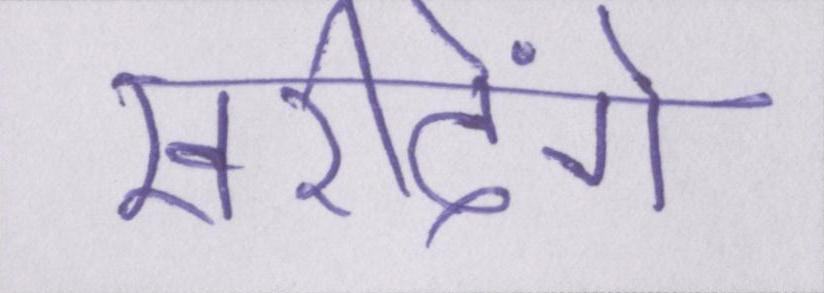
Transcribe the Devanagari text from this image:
खरीदेंगे